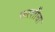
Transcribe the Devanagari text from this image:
फरशीचा